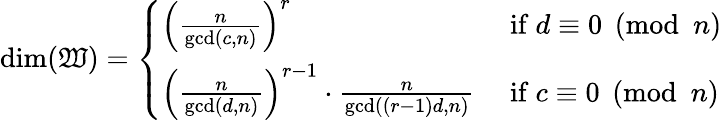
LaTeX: \begin{array}{r}{\dim(\mathfrak{W})=\left\{ \begin{array}{ll}{\left(\frac{n}{\operatorname*{gcd}(c,n)}\right)^{r}}&{\mathrm{~if~}d\equiv 0\pmod{n}}\\ {\left(\frac{n}{\operatorname*{gcd}(d,n)}\right)^{r-1}\cdot\frac{n}{\operatorname*{gcd}((r-1)d,n)}}&{\mathrm{~if~}c\equiv 0\pmod{n}}\end{array}\right.}\end{array}